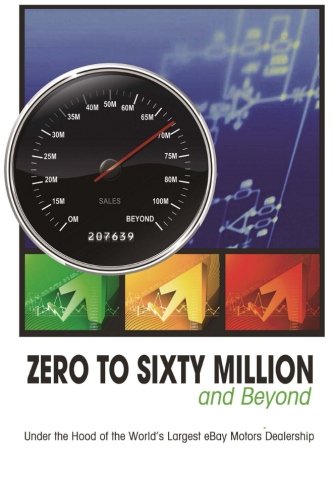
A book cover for Zero to Sixty Million: Under the Hood of the World's Largest eBay Motors Dealer; Mike Welch Rick Williams; Computers & Technology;